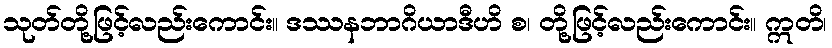
သုတ်တို့ဖြင့်လည်းကောင်း။ ဒဿနဘာဂိယာဒီဟိ စ၊ တို့ဖြင့်လည်းကောင်း။ ဣတိ၊